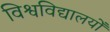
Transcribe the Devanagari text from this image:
विश्वविद्यालयोँ